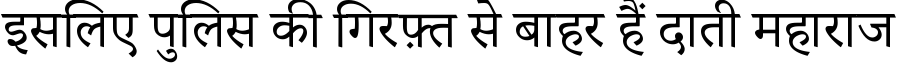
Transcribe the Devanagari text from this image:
इसलिए पुलिस की गिरफ़्त से बाहर हैं दाती महाराज